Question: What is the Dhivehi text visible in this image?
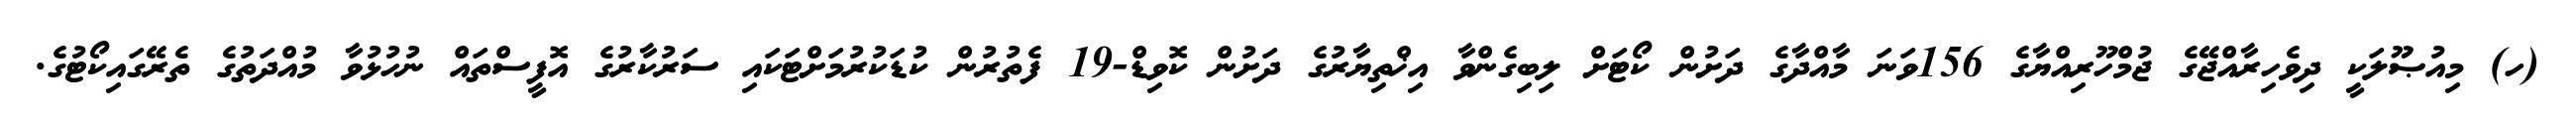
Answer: (ހ) މިއުޞޫލަކީ ދިވެހިރާއްޖޭގެ ޖުމްހޫރިއްޔާގެ 156ވަނަ މާއްދާގެ ދަށުން ކޯޓަށް ލިބިގެންވާ އިޚްތިޔާރުގެ ދަށުން ކޮވިޑް-19 ފެތުރުން ކުޑަކުރުމަށްޓަކައި ސަރުކާރުގެ އޮފީސްތައް ނުހުޅުވާ މުއްދަތުގެ ތެރޭގައިކޯޓުގެ.